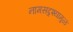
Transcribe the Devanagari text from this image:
नामसद्रृश्यामुळं